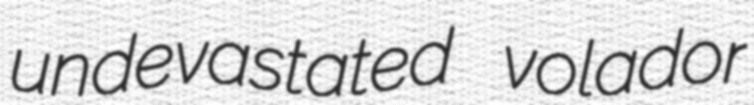
undevastated volador